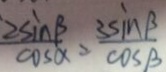
\frac { 2 \sin \beta } { \cos \alpha } = \frac { 3 \sin \beta } { \cos \beta }